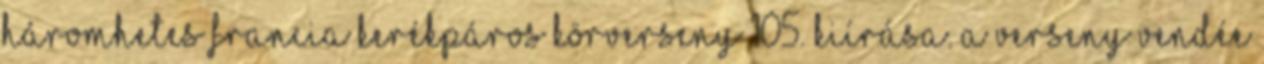
háromhetes francia kerékpáros körverseny 105. kiírása. A verseny Vendée